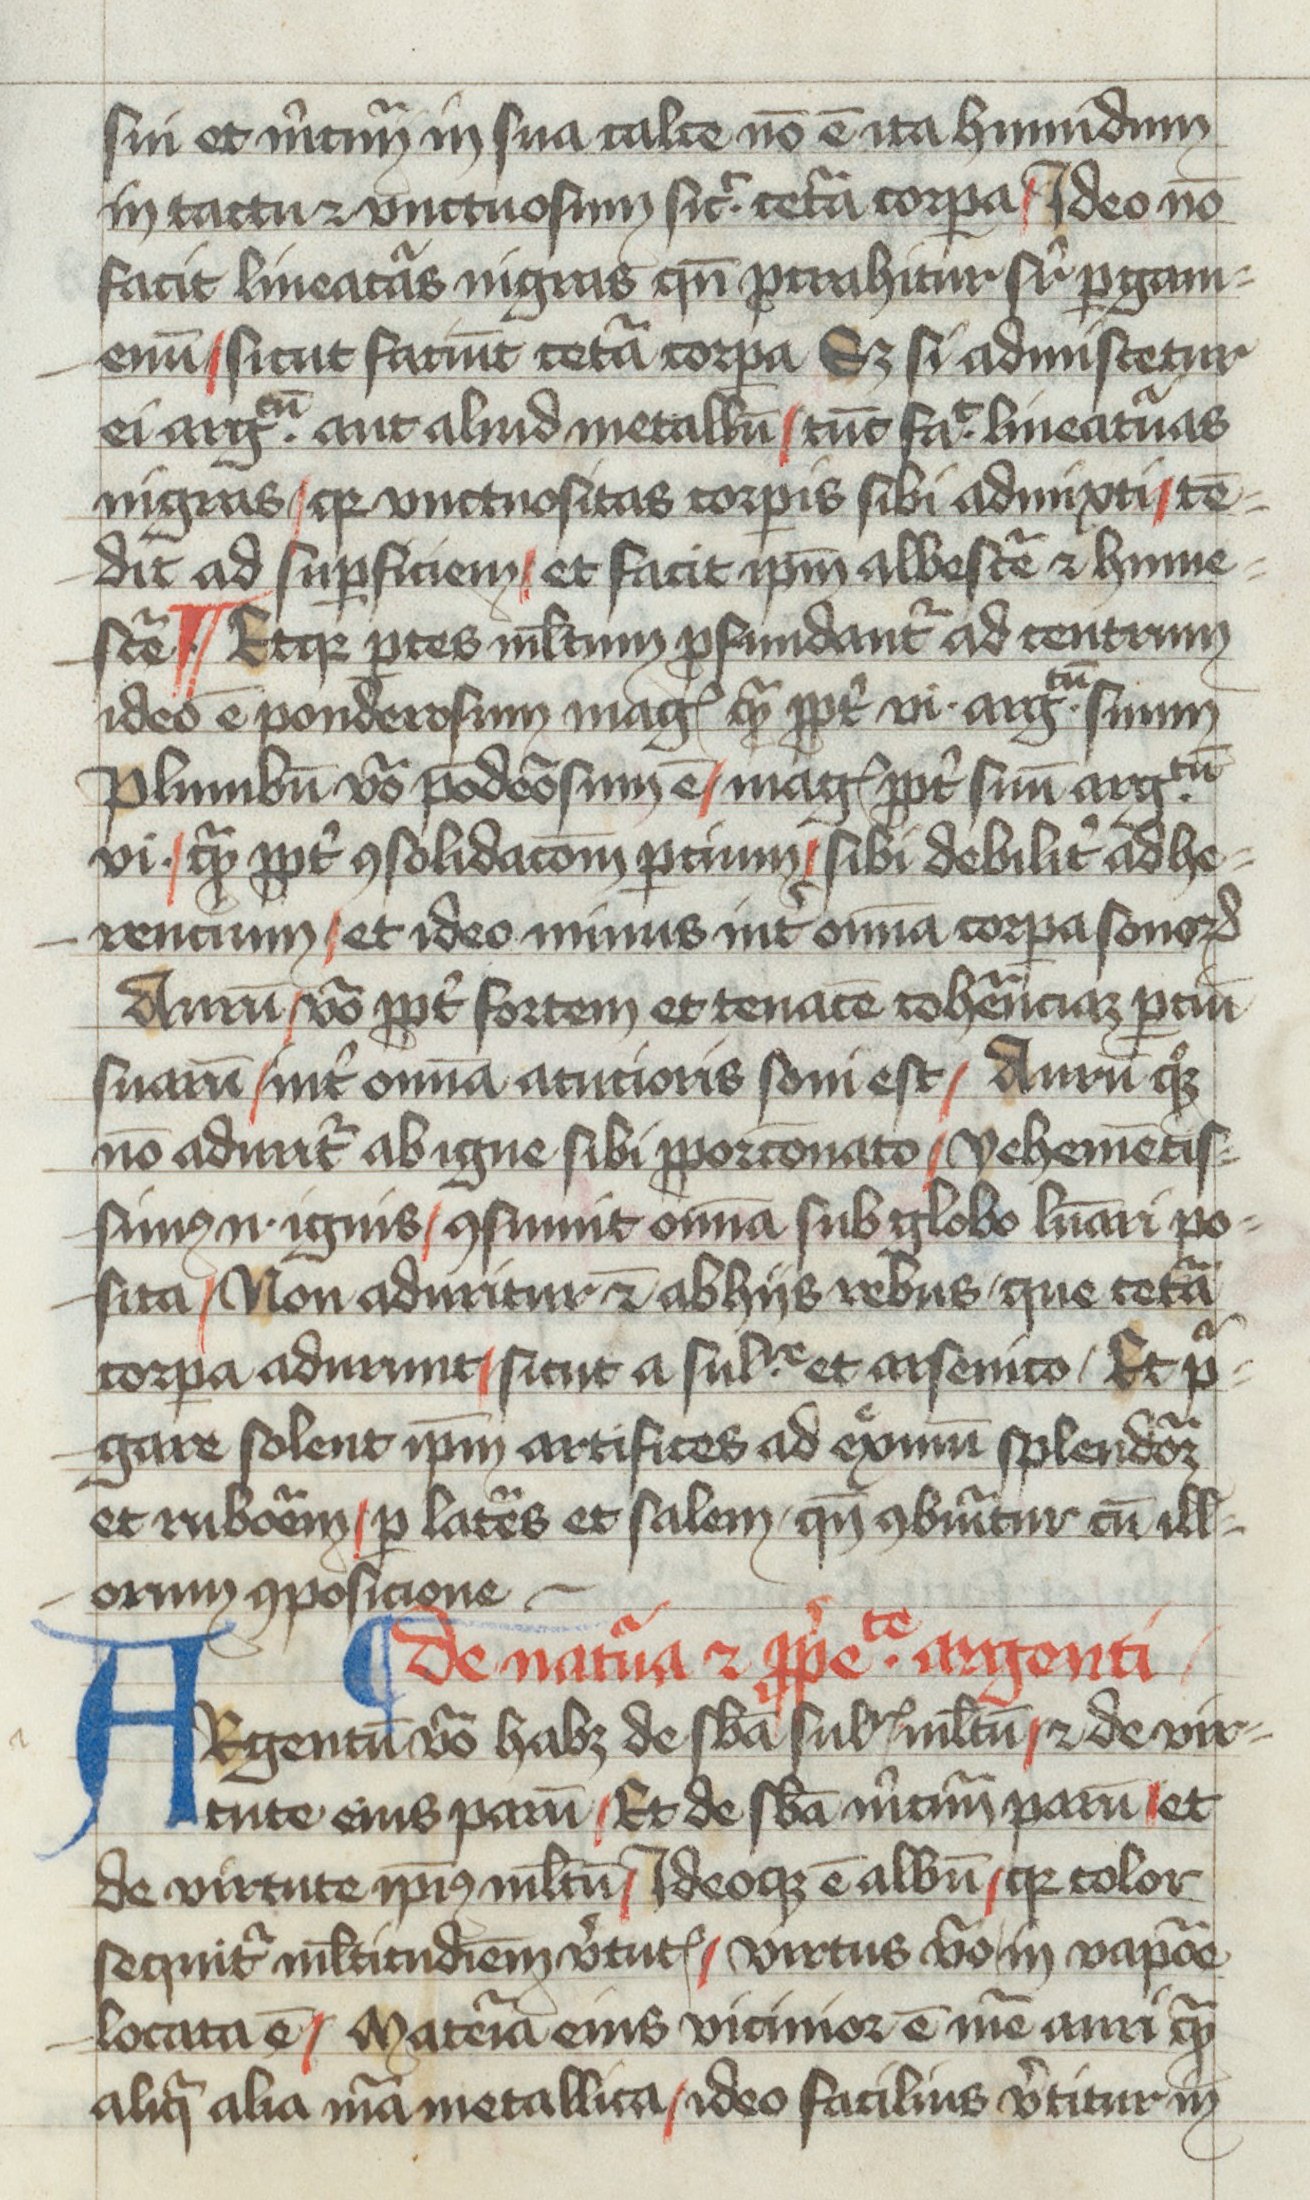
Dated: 1400–1499